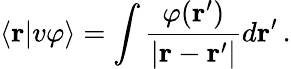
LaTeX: \langle{\mathbf r}|v\varphi\rangle=\int\frac{\varphi({\mathbf r^{\prime}})}{|{\mathbf r}-{\mathbf r^{\prime}}|}d{\mathbf r^{\prime}}\, .